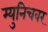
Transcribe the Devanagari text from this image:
म्युनिचवर